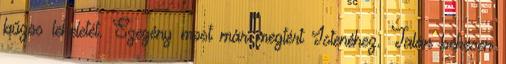
bűzös leheletét. Szegény most már megtért Istenéhez. Talán békésen